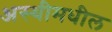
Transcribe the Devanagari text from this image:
अस्थीमधील